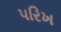
પરિખ